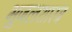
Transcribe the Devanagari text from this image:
भूजलशास्त्र